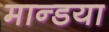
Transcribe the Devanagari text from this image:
मान्डया